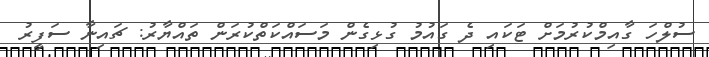
ސުލްހަ ގާއިމްކުުރުމަށް ޓަކައި ދެ ގައުމު ގުޅިގެން މަސައްކަތްކުރަން ތައްޔާރު: ޗައިނާ ސަފީރު